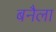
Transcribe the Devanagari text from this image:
बनैला